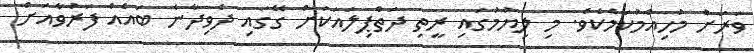
ވަރަށް މުހިއްމުކަމެކެވެ. މި ލިޔުމުގައި ރީތި ދަތްޕިލައަކަށް ގޭގައި ދެވިދާނެ ބައެއް ފަރުވާއަށް